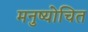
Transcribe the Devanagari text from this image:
मनुष्योचित